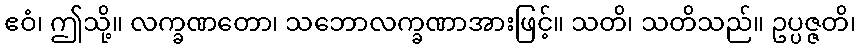
ဧဝံ၊ ဤသို့။ လက္ခဏတော၊ သဘောလက္ခဏာအားဖြင့်။ သတိ၊ သတိသည်။ ဥပ္ပဇ္ဇတိ၊